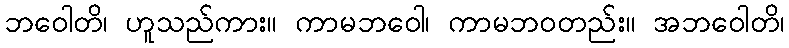
ဘဝေါတိ၊ ဟူသည်ကား။ ကာမဘဝေါ၊ ကာမဘဝတည်း။ အဘဝေါတိ၊